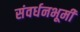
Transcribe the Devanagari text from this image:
संवर्धनभूमी